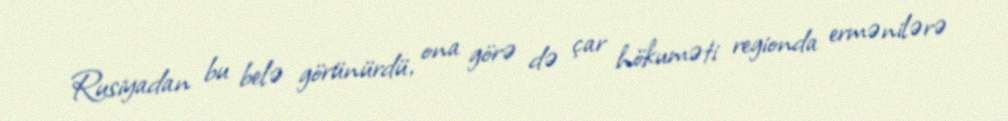
Rusiyadan bu belə görünürdü, ona görə də çar hökuməti regionda ermənilərə